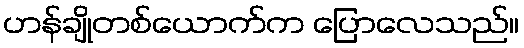
ဟန်ချိုတစ်ယောက်က ပြောလေသည်။